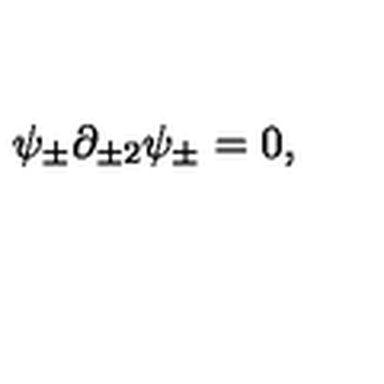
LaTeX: \psi _ { \pm } \partial _ { \pm 2 } \psi _ { \pm } = 0 ,